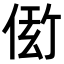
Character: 𬾫